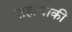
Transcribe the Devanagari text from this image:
सहाचाकी